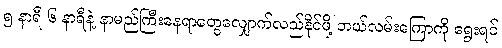
၅ နာရီ ၆ နာရီနဲ့ နာမည်ကြီးနေရာတွေလျှောက်လည်နိုင်ဖို့ ဘယ်လမ်းကြောကို ရွေးရင်